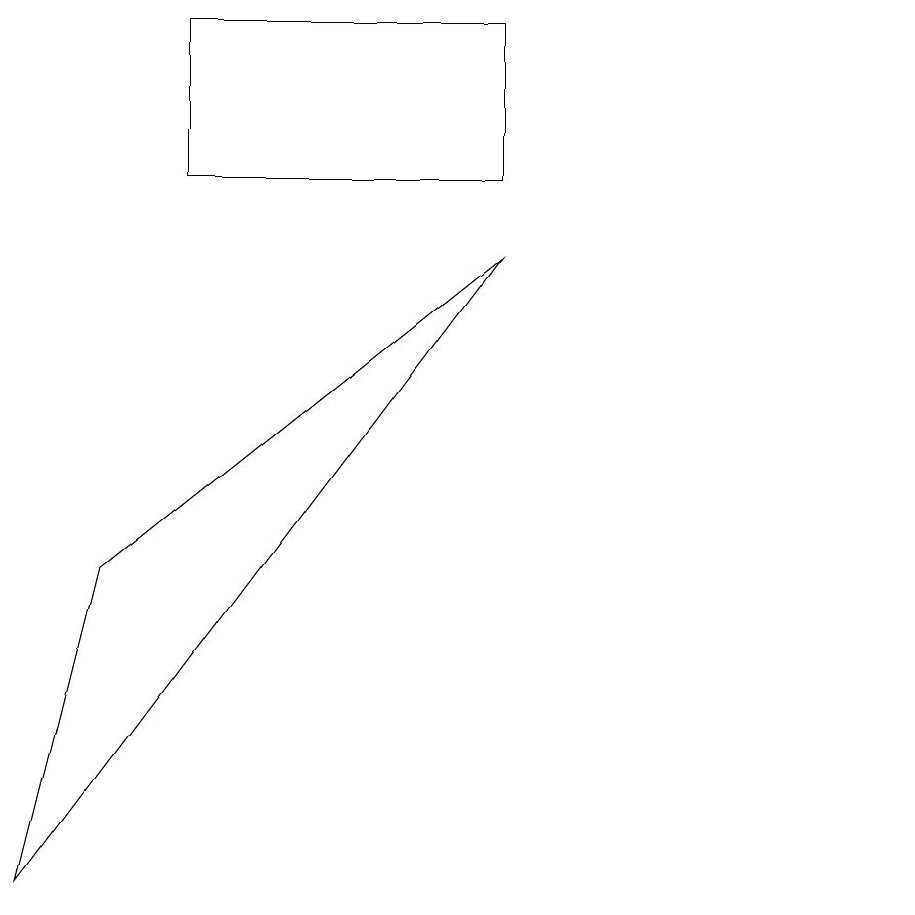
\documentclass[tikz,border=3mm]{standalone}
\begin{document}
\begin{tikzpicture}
\draw (11,10) circle (0);
\draw (6,9) -- (0,1) -- (1,5) -- cycle;
\draw (6,12) rectangle (2,10);
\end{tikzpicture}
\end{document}